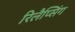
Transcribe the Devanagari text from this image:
रिलैप्सिंग